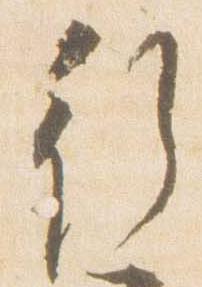
行